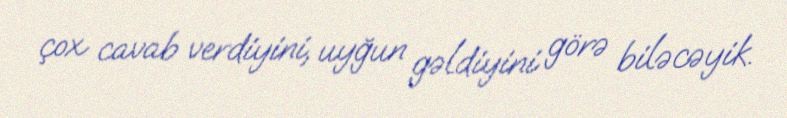
çox cavab verdiyini, uyğun gəldiyini görə biləcəyik.